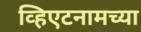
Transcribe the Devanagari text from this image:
व्हिएटनामच्या